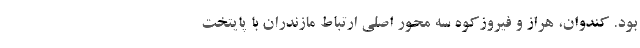
بود. کندوان، هراز و فیروزکوه سه محور اصلی ارتباط مازندران با پایتخت